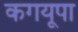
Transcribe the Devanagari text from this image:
कगयूपा